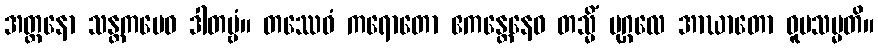
အတ္တနော သန္တကမေဝ ဒါတဗ္ဗံ။ တဿေဝံ ကရောတော ဧကန္တေနေဝ တသ္မိံ ပုဂ္ဂလေ အာဃာတော ဝူပသမ္မတိ။